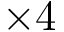
\times 4